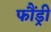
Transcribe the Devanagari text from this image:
फौंड्री